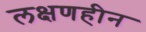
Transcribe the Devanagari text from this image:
लक्षणहीन